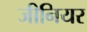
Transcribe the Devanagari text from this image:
जीनियर